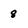
Character: 8